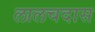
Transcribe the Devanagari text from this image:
लालचदास